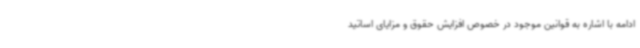
ادامه با اشاره به قوانین موجود در خصوص افزایش حقوق و مزایای اساتید